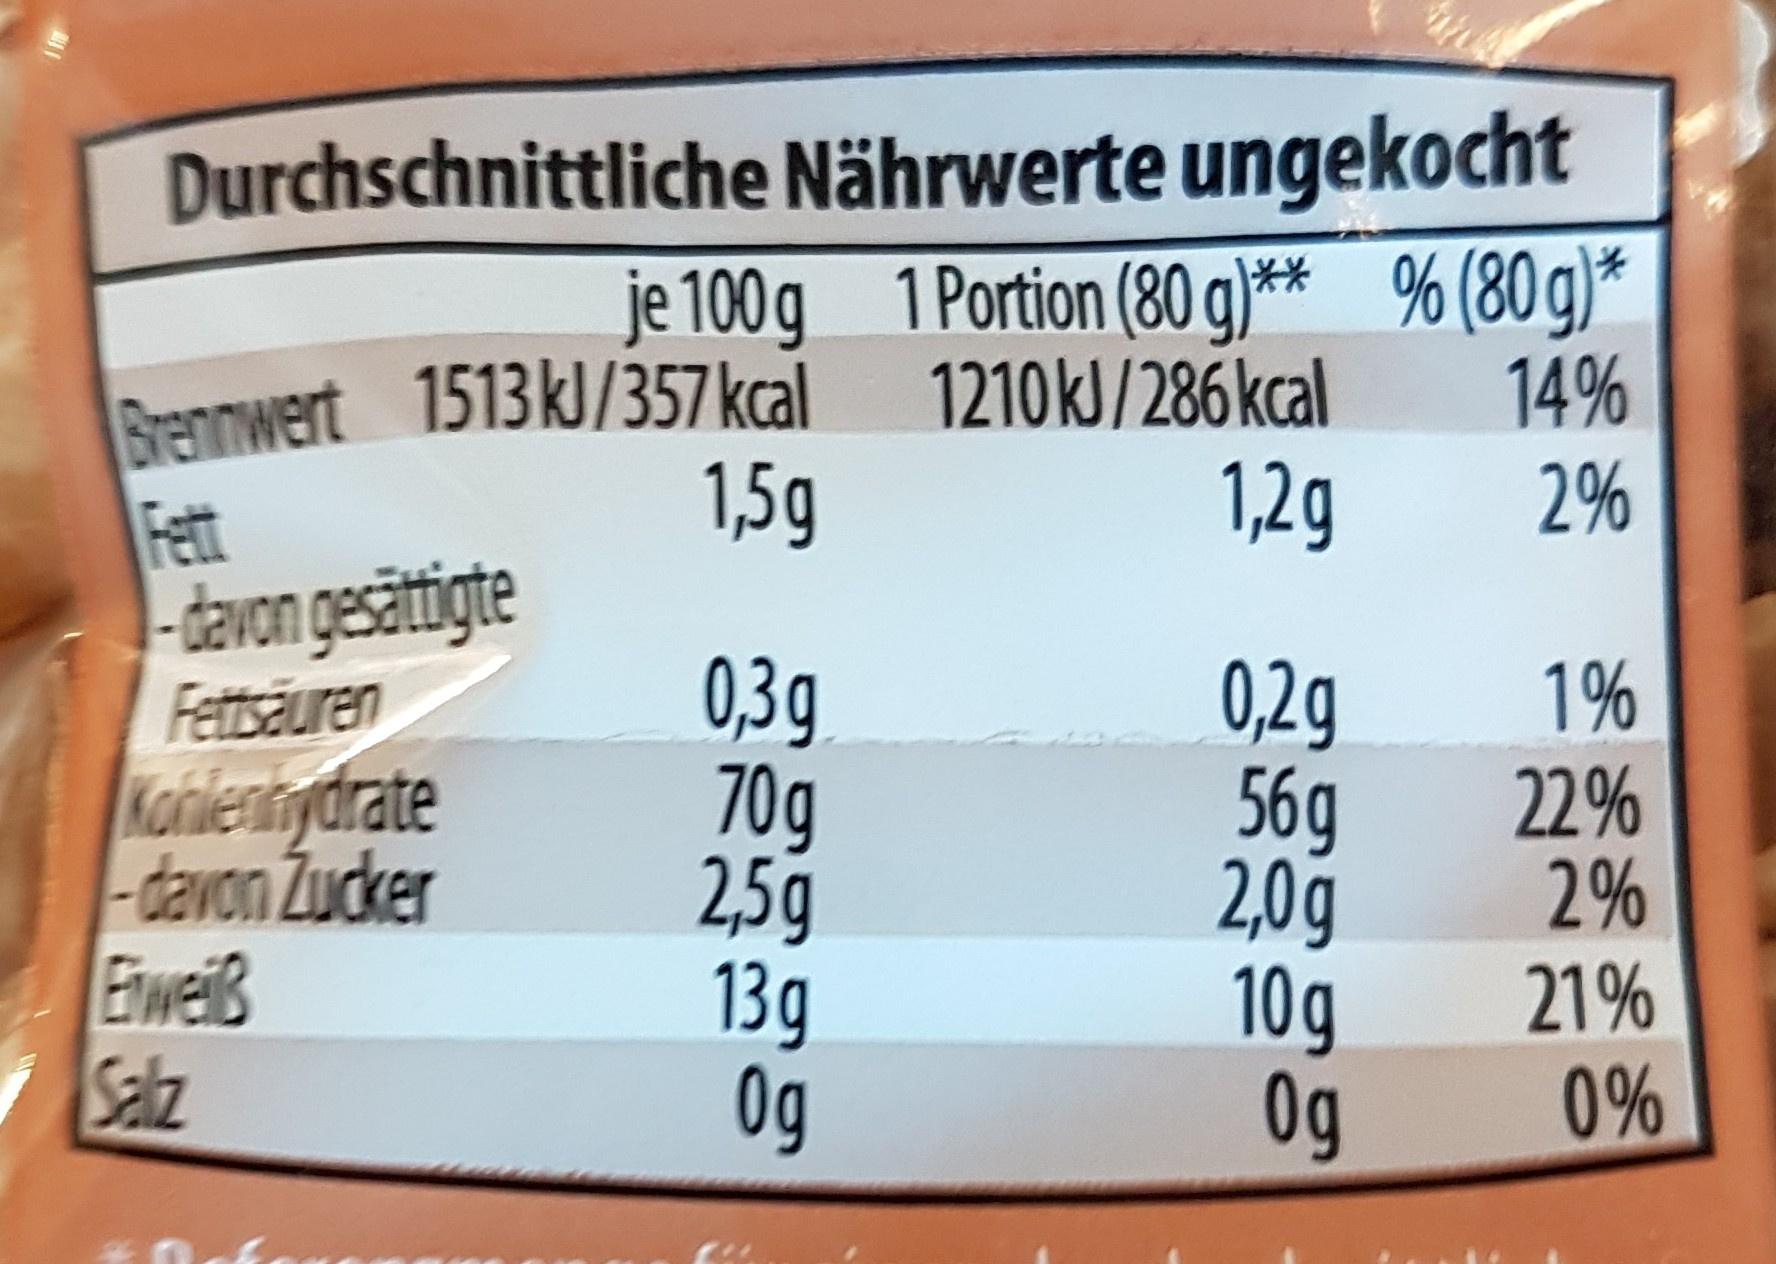
Durchschnittliche Nährwerte ungekocht
1 Portion (80g)** % (80g)* 1210kJ/286 kcal
14%
1,2g
2%
je 100 g Brennwert 1513 kJ/357 kcal
1,5g
Fett - davon gesättigte
Fettsäuren
Kohlenhydrate
-davon Zucker
Eiweiß
Salz
0,3g
70g
2,5g
13g
Og
0,2q
56g
2,0g
10g
Og
1%
22%
2%
21%
0%